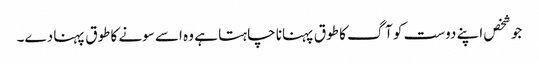
جو شخص اپنے دوست کو آگ کا طوق پہنانا چاہتا ہے وہ اسے سونے کا طوق پہنا دے۔